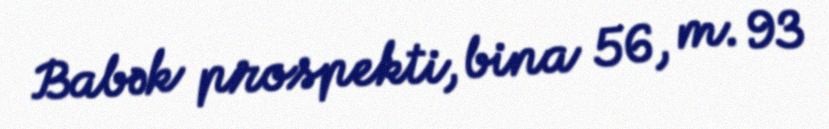
Babək prospekti, bina 56, m. 93